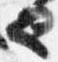
也